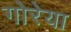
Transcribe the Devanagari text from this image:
गोरेया